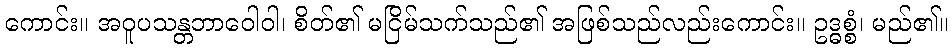
ကောင်း။ အဝူပသန္တဘာဝေါဝါ၊ စိတ်၏ မငြိမ်သက်သည်၏ အဖြစ်သည်လည်းကောင်း။ ဥဒ္ဓစ္စံ၊ မည်၏။